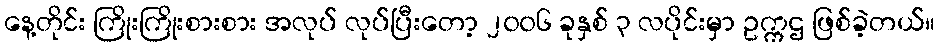
နေ့တိုင်း ကြိုးကြိုးစားစား အလုပ် လုပ်ပြီးတော့ ၂၀၀၆ ခုနှစ် ၃ လပိုင်းမှာ ဥက္ကဌ ဖြစ်ခဲ့တယ်။